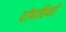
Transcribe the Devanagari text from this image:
दोपहियों